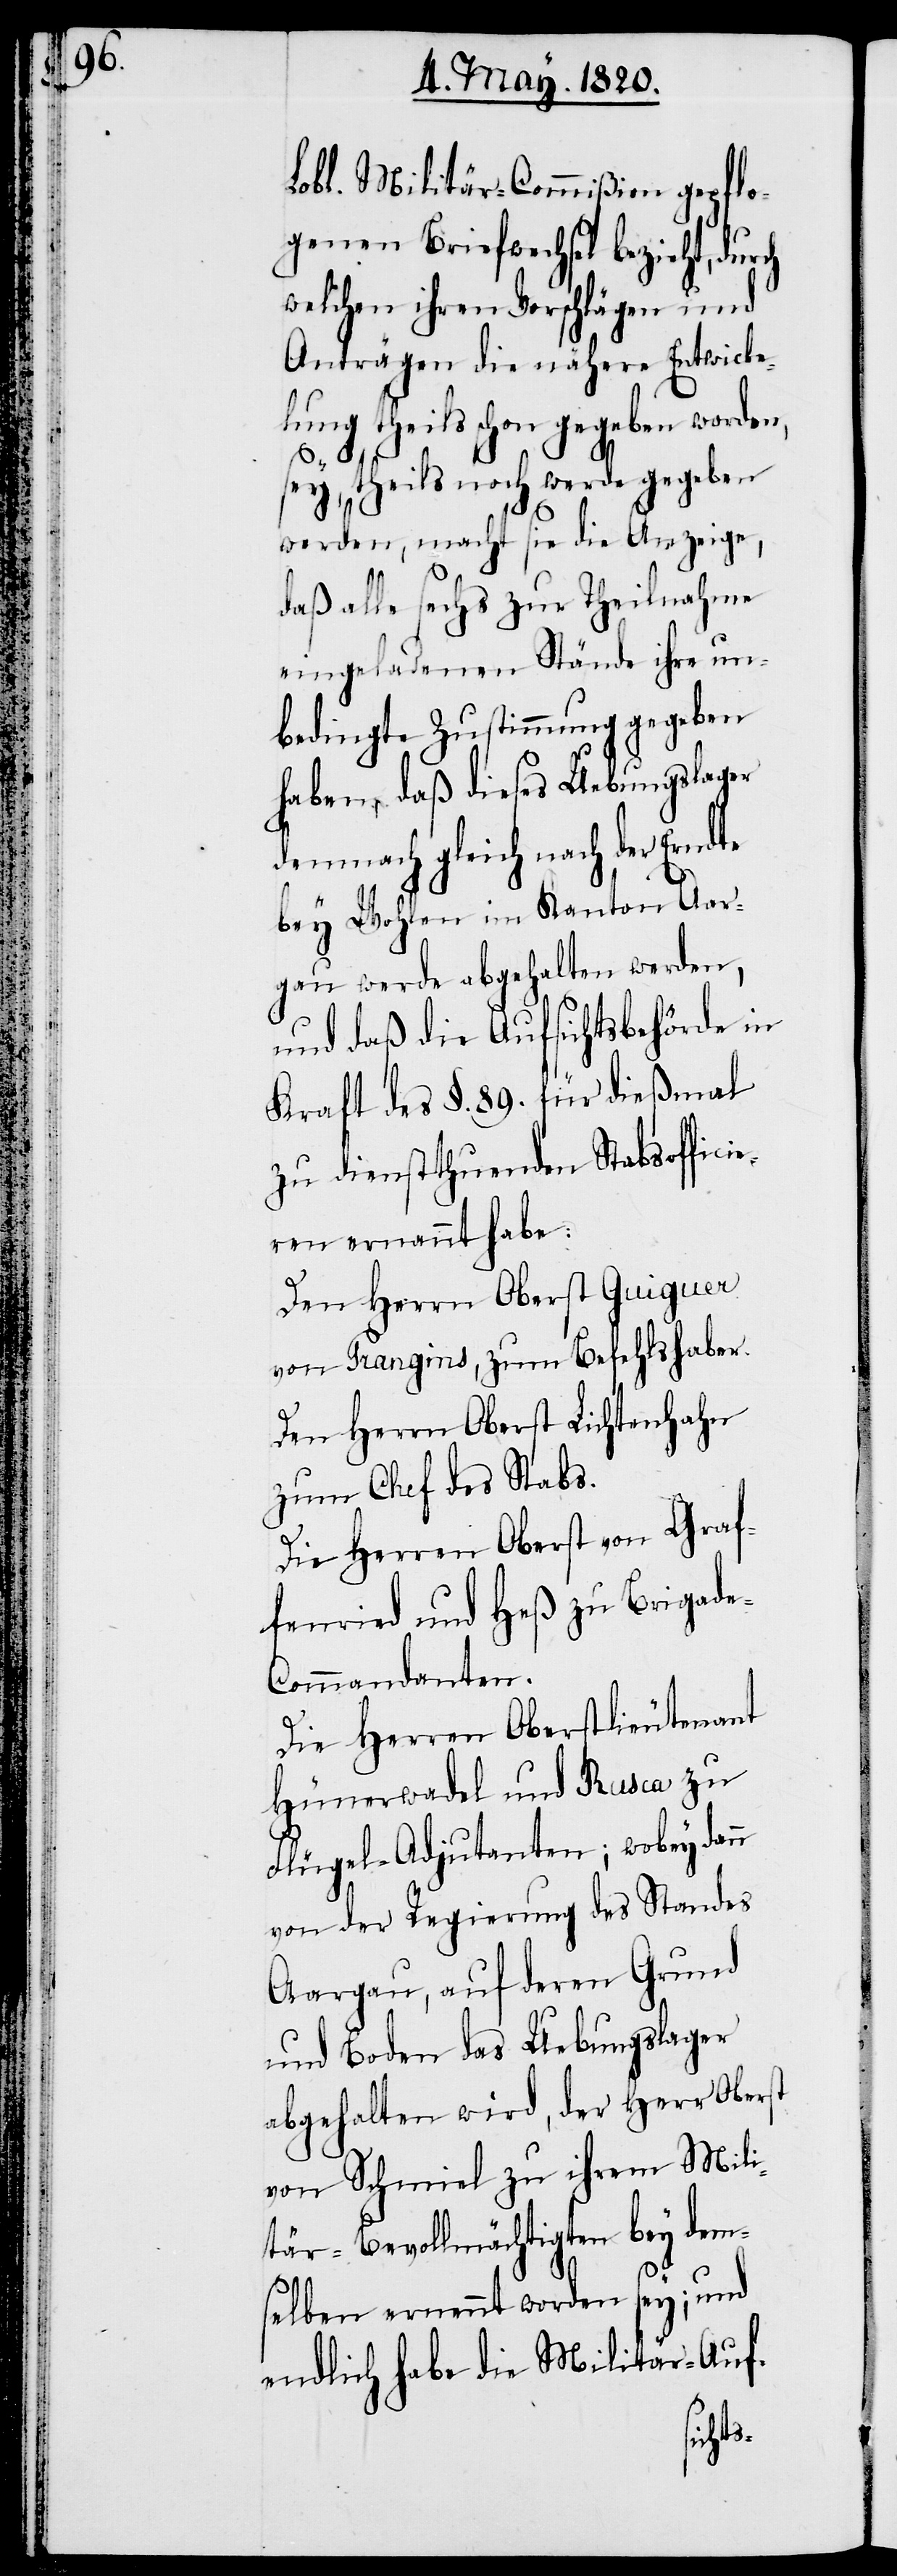
Lobl. Militär-Commißion gepflo¬
genen Briefwechsel bezieht, dur¬
welchen ihren Vorschlägen und
Anträgen die nähere Entwick¬
lung theils schon gegeben worden,
sey, theyls noch werde gegeben
werden, macht sie die Anzeige,
daß alle sechs zur Theilnahme
eingeladenen Stände ihre un¬
bedingte Zustimmung gegeben
haben, daß dieses Uebungslager
demnach gleich nach der Erndte
bey Wohlen im Kanton Aar¬
gau werde abgehalten werden,
und daß die Aufsichtsbehörde in
Kraft des §. 89. für dießmal
zu dienstthuenden Stabsoffici¬
eren ernannt habe:
Den Herrn Oberst Guiguer
von Prangins, zum Befehlshaber.
Den Herrn Oberst Lichtenhahn
zum Chef des Stabs.
ch
Die Herren Oberst von Graf¬
fenried und Heß zu Brigad¬
e-Commandanten.
Die Herren Oberstlieutenant
Hünerwadel und Rusca zu
Flügel-Adjutanten; wobey denn
von der Regierung des Standes
Aargau, auf deren Grund
und Boden das Uebungslager
abgehalten wird, der Herr Oberst
von Schmiel zu ihrem Mil¬
itär-Bevollmächtigten bey dem¬
selben ernennt worden sey; und
endlich habe die Militär-Auf-